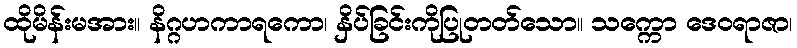
ထိုမိန်းမအား။ နိဂ္ဂဟကာရကော၊ နှိပ်ခြင်းကိုပြုတတ်သော။ သက္ကော ဒေဝရာဇာ၊